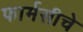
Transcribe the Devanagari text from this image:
फार्मसीचे